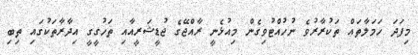
މިފަދަ ހަމަލާތައް ތަކުރާރުވެ ނުހުއްޓުވިގެން މިއުޅެނީ ރާއްޖޭގެ ޖުޑީޝަރީއާއި ތަހުގީގީ އިދާރާތަކުގައި ތިބި